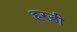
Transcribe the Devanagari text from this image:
हरड़ी